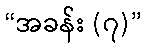
“အခန်း (၇)”